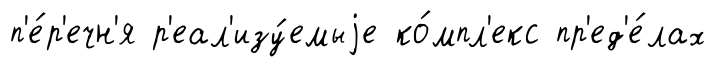
п'е́р'ечн'я р'еал'изу́емыjе ко́мпл'екс пр'ед'е́лах